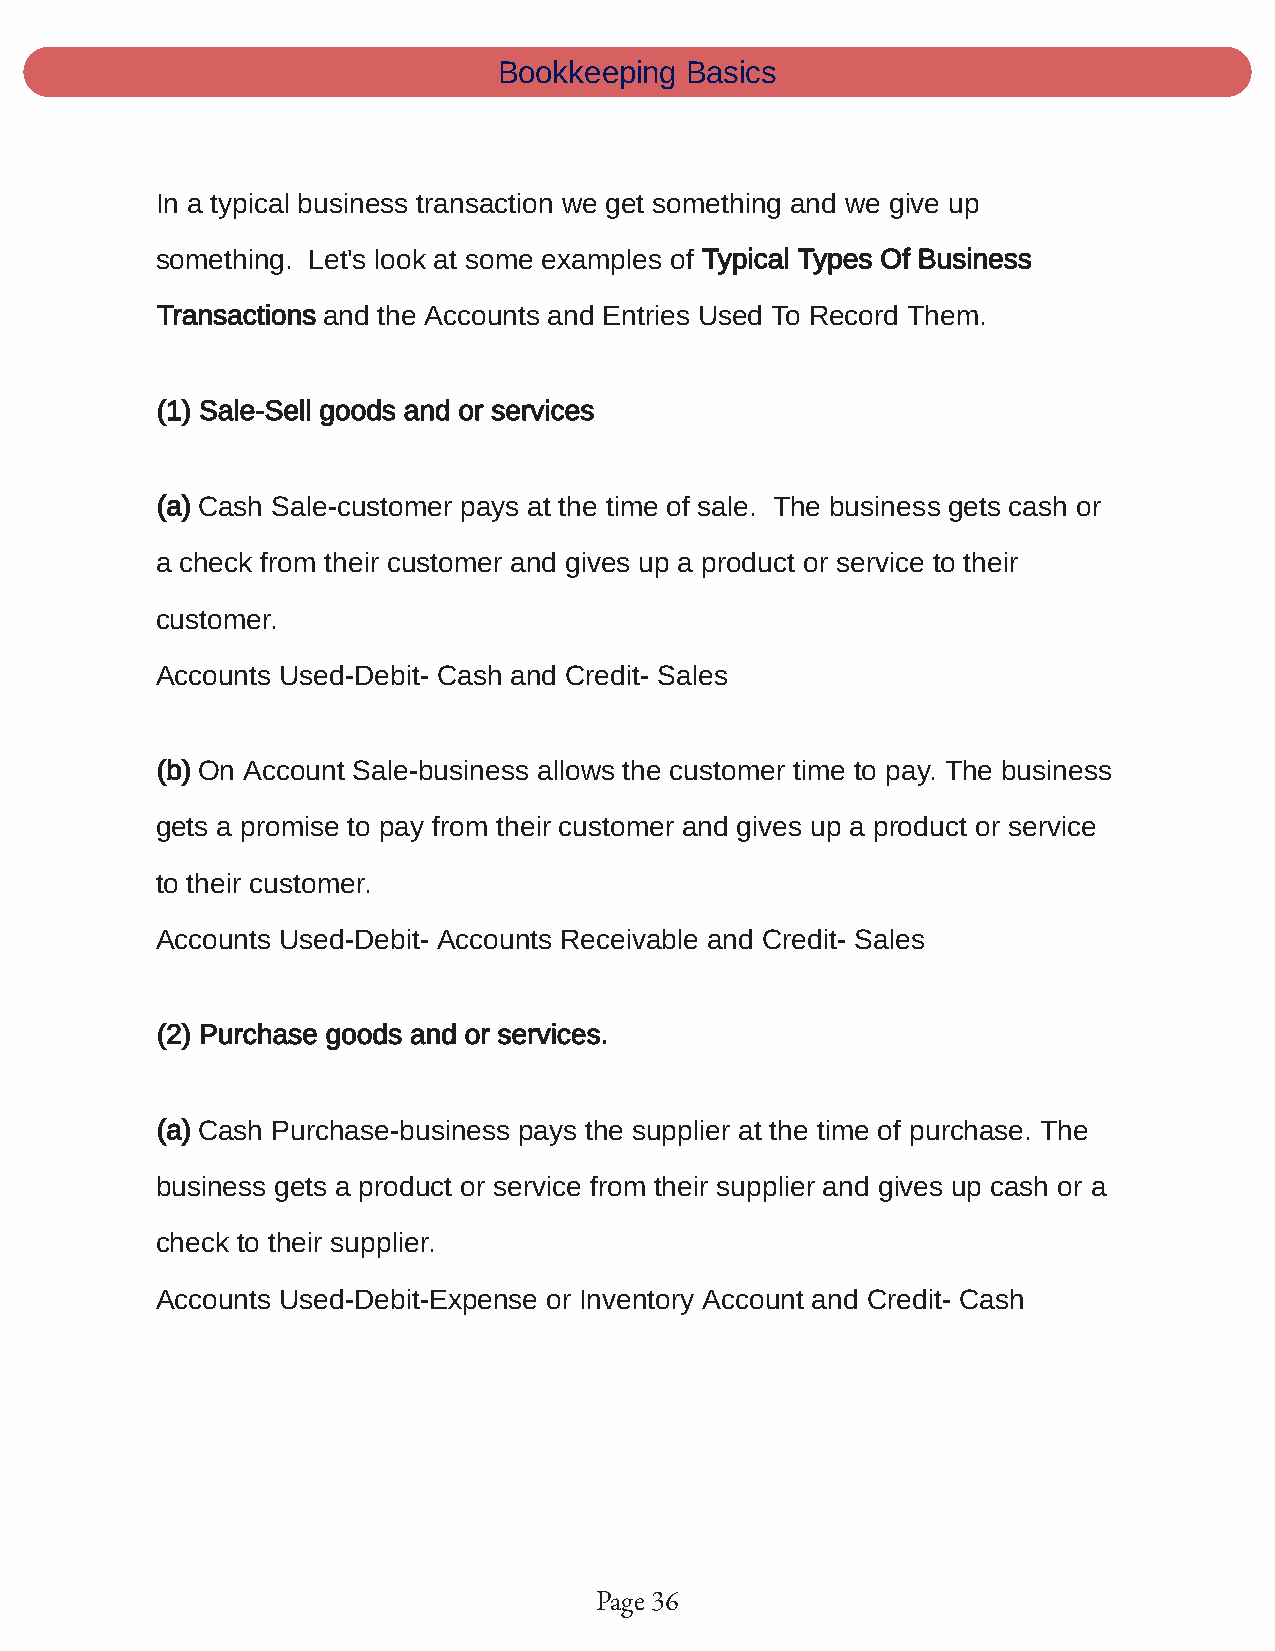
Bookkeeping Basics
 In a typical business transaction we get something and we give up
 something. Let's look at some examples of Typical Types Of Business
 Transactions and the Accounts and Entries Used To Record Them.
 (1) Sale-Sell goods and or services
 (a) Cash Sale-customer pays at the time of sale. The business gets cash or
 a check from their customer and gives up a product or service to their
 customer.
 Accounts Used-Debit- Cash and Credit- Sales
 (b) On Account Sale-business allows the customer time to pay. The business
 gets a promise to pay from their customer and gives up a product or service
 to their customer.
 Accounts Used-Debit- Accounts Receivable and Credit- Sales
 (2) Purchase goods and or services.
 (a) Cash Purchase-business pays the supplier at the time of purchase. The
 business gets a product or service from their supplier and gives up cash or a
 check to their supplier.
 Accounts Used-Debit-Expense or Inventory Account and Credit- Cash
 Page 36